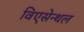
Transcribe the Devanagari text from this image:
विएसेन्थल